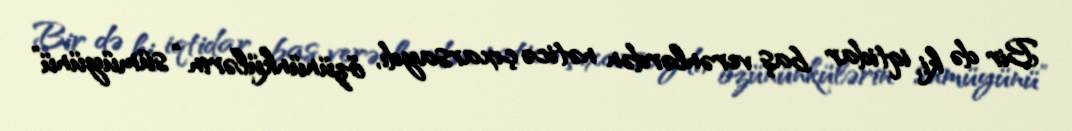
Bir də ki, iqtidar baş verənlərdən nəticə çıxarsaydı, özününkülərin “sümüyünü”